Report on the administration of the Government Cinchona Department 1892-98
Year: 1892
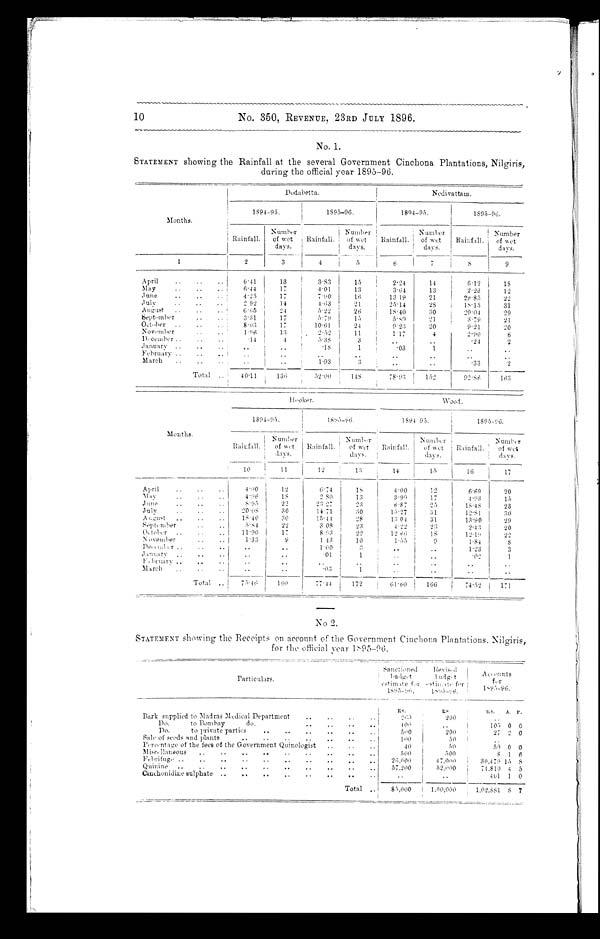
No. 350, REVENUE, 23RD JULY 1896.
No. 1.
STATEMENT showing the Rainfall at the several Government Cinchona Plantations, Nilgiris,
showing
during the official year 1895-96.
Months.
Dodabetta.
Nedivattam.
, •
1894-95.
1
1S95-96.
-
1894-95.
1595-96.
Rainfall,
Number
of wet
days.
I .
Rainfall,
Number
of wet
days.
Rainfall.
Number
of wet
da y s.
Rainfall.
Number
of wet
days.
.
-
1
2
3
4
5
6
7
8 9
April
,,
..
,,
6.41
13
3,83
15
224
14
6.12
1 8
May
..
• .
. •
6 . 4 4
17
4.01
13
3-64
13
'2-23
12
June
4.25
17
7.90
16
13 19
21
2 9 8 5
' 22
July
2 92
14
4 . 6 3
21
25.14
28
1 8 . 1 5
31
August
6.65
24
5 . 2 2
26
1 8
4 0
:10
20.04
29
September
3.31
17
5.79
15
,59
21
3.79
21
October ..
.,
.,
8.03
17
10.61
24
9 . 2 3
20
9 . 2 1 20
November
1.96
13
2.52
11
117
4
2 . 9 0 6
December ,,
..
.,
.14
4
5.38
3
1
..
..
.24
2
January ..
,.
..
..
.,
.
.18
1
.
03
1
..
..
February ..
..
. , ..
..
..
..
..
..
March
,.
..
..
1.93
. 3
..
• .
•33
2
Total ,.
40'11
1
136
1
52.00
1
148
78.93
n
152
92.86
163
Months.
Hooker.
Wood .
1894-95.
1895-96.
1894 95.
1S95-96.
I
Rainfall. !
Number
of wt
da y s.
Rainfall.
Number
of wet
days.
Rainfall.
Number
of
days.
Rainfall ,
Number
of wet
days.
'
10
I
11
12
13
14
15
16
17
April
..
..
..
12
6. 74
1 8
4.00
1 2
12
6.69
20
M a y
..
..
..
4 . 9 6
18
2 80
13
'3.99
17
4.93
15
June,.
.,
,,
22
25
687
25
18.48
23
Jul y
.
,.
,.
30
11,1
30
1 5 . 2 7
$1
12.81
30
August .. .. ..
1 8 . 4 0 ,
30
15.44
28
1 3 0 4
31
13.90
29
Sept, ber
..
.,
m
5.84
22
308
23
4.22
23
2.43
20
October . , . , , ,
11 . 90 1
17
8.93
22
12 66
IS
12.19
22
November .. ,1
1.33
9
1 43
10
1.55
9
I
1.84 I
8
December
..
..
1.00
3
. •
• •
1.23
3
January ..
..
•
..
. 01
1
..
..
.92
1
February .. .. ..
. .
• •
• .
• •
' •
• •
March
..
..
..
.
..
•03
1
..
• .
• .
• •
Total .. 1 75.46
1 6 0
. 77.44
172
61.60
166
74 . 52
171
No 2.
STATEMENT showing the Receipts on account of the Government Cinchona Plantations. Nilgiris,
for the official year
Particulars.
--
Sanctioned
b u d g e t
e s t i m a t e
1 8 9 5 - 9 6 ,
R e v i s e d
b u d g e t
d
e s
timate for
1 8 9 5 - 9 6 .
Accounts
f o r
1895-9 6.
Bark supplied to Maras Medical Department
..
.,
..
. .
R'.
s,
us. A, F.
2 6 9
200
,.
Do.
to Bombay
do.
..
.,
.,
• •
400
• •
105 0 0
Do.
to private parties
0S
..
..
..
..
..
5,0
'200
27 2 0
Sale of seeds and plants
..
.,
..
..
..
..
. .
109
50
..
Percentage of the fees of the Government Quinologist ..
..
40 5 0
50 0 0
Miscellaneous
500
500
8 1 6
Febrifuge ..
..
..
..
..
..
..
..
26,000
4 7 , 0 0 0
30,479 15 8
Quinine
..
..
..
..
..
..
..
..
57.200
52,900
71.810 4 5
Cinchonidine sulphate ..
..
..
. .
. .
. •
..
..
,,
.,
461 1 0
Total ..
85.000
1.00,000
1,02,881 8 7
10